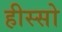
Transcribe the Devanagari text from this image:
हीस्सो